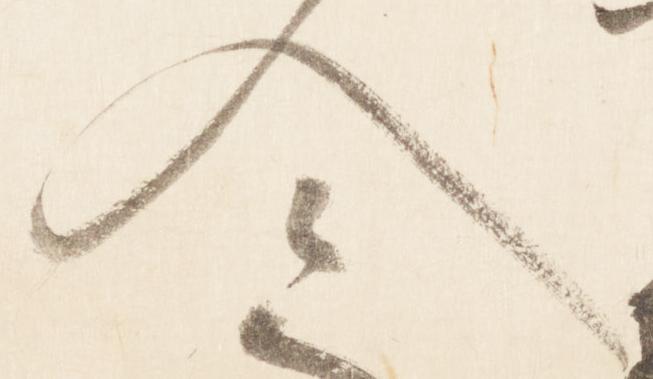
入